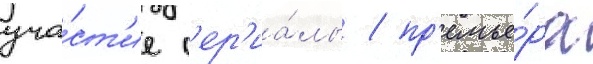
уча́ст'ие с'ер'иа́лы / пр'емье́ра